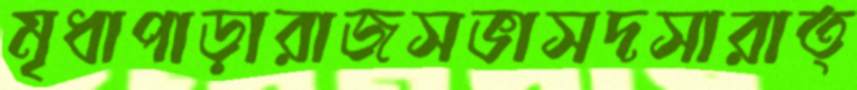
মৃধাপাড়ারাজসভাসদসারাত্